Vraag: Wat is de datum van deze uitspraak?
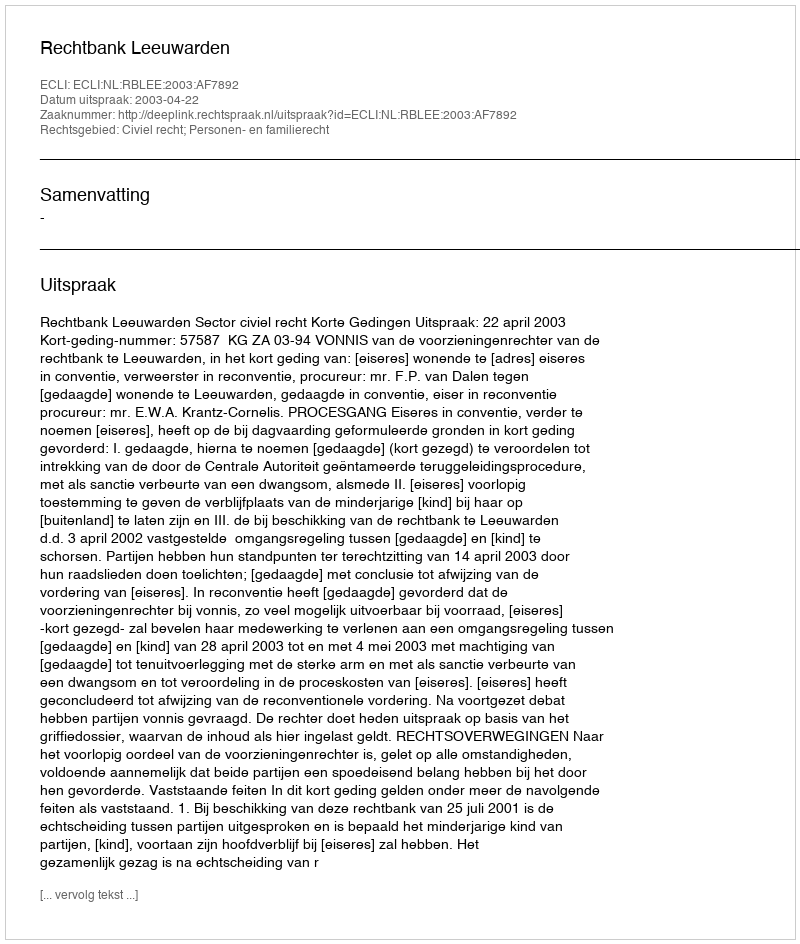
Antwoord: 2003-04-22